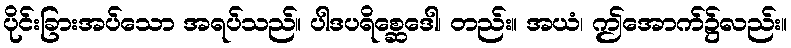
ပိုင်းခြားအပ်သော အရပ်သည်။ ပါဒပရိစ္ဆေဒေါ၊ တည်း။ အယံ၊ ဤအောက်၌လည်း။